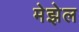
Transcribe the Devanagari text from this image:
मेझेल